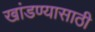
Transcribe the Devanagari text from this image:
खांडण्यासाठी